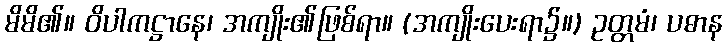
မိမိ၏။ ဝိပါကဋ္ဌာနေ၊ အကျိုး၏ဖြစ်ရာ။ (အကျိုးပေးရာ၌။) ဥတ္တမံ၊ ပဓာန